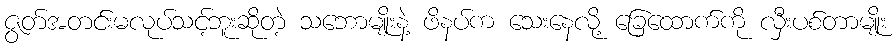
ဇွတ်အတင်းမလုပ်သင့်ဘူးဆိုတဲ့ သဘောမျိုးနဲ့ ဖိနပ်က သေးနေလို့ ခြေထောက်ကို လှီးပစ်တာမျိုး